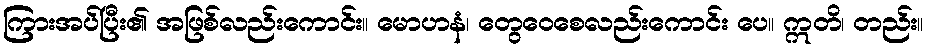
ကြားအပ်ပြီး၏ အဖြစ်လည်းကောင်း။ မောဟနံ၊ တွေဝေစေလည်းကောင်း ပေ။ ဣတိ၊ တည်း။